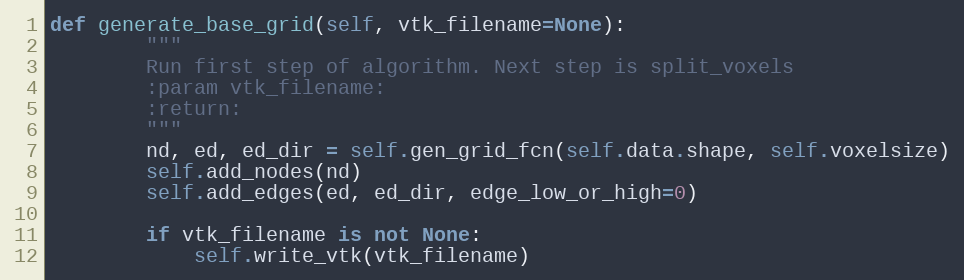
Language: Python
def generate_base_grid(self, vtk_filename=None):
        """
        Run first step of algorithm. Next step is split_voxels
        :param vtk_filename:
        :return:
        """
        nd, ed, ed_dir = self.gen_grid_fcn(self.data.shape, self.voxelsize)
        self.add_nodes(nd)
        self.add_edges(ed, ed_dir, edge_low_or_high=0)

        if vtk_filename is not None:
            self.write_vtk(vtk_filename)